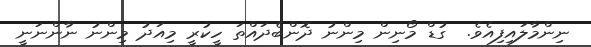
ނިންމާލައިފިއެވެ.  ގުޑް މޯނިން މިންނު ދޮންބެދައްތަ ހީކުރީ މިއަދު މިންނު ނާންނަނީ